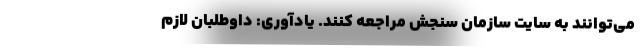
می‌توانند به سایت سازمان سنجش مراجعه کنند. یادآوری: داوطلبان لازم